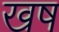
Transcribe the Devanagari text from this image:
खष